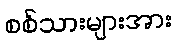
စစ်သားများအား